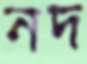
নদ